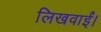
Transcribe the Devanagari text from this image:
लिखवाईं।